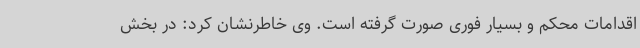
اقدامات محکم و بسیار فوری صورت گرفته است. وی خاطرنشان کرد: در بخش